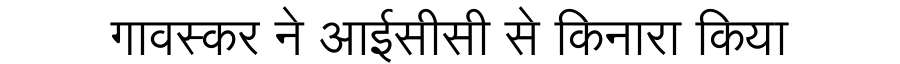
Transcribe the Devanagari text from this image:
गावस्कर ने आईसीसी से किनारा किया